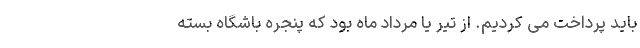
باید پرداخت می کردیم. از تیر یا مرداد ماه بود که پنجره باشگاه بسته